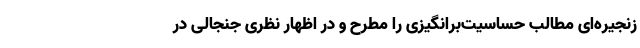
زنجیره‌ای مطالب حساسیت‌برانگیزی را مطرح و در اظهار نظری جنجالی در